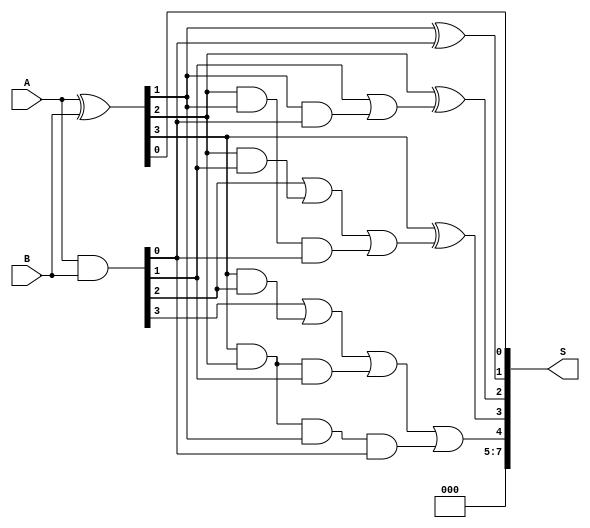
module adder(
        output  [7: 0]  S,
        input   [3: 0]  A,
        input   [3: 0]  B
    );
	
	// TODO: Implement a carry look-ahead adder
	wire [4:0] carry_la;
	wire [3:0] P, G;
	wire c_in;
	assign c_in = 0;
	
	assign P = A ^ B;
	assign G = A & B;
	assign carry_la[0] = c_in;
	assign carry_la[1] = G[0] | (P[0] & c_in);
	assign carry_la[2] = G[1] | (P[1] & G[0]) | (P[1] & P[0] & c_in);
	assign carry_la[3] = G[2] | (P[2] & G[1]) | (P[2] & P[1] & G[0]) | (P[2] & P[1] & P[0] & c_in);
	assign carry_la[4] = G[3] | (P[3] & G[2]) | (P[3] & P[2] & G[1]) | (P[3] & P[2] & P[1] & G[0])|(P[3] & P[2] & P[1] & P[0] & c_in);
	
	assign S[0] = P[0]^carry_la[0];
	assign S[1] = P[1]^carry_la[1];
	assign S[2] = P[2]^carry_la[2];
	assign S[3] = P[3]^carry_la[3];
	assign S[4] = carry_la[4];
	assign S[7:5] = 2'b00;
	
endmodule